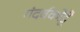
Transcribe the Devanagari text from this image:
गंदर्वकोट्टै